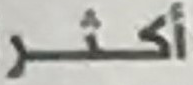
أكثر